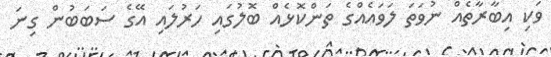
ވަކި އިބާރާތެއް ނުވަތަ ލަވައެއްގެ ތަންކޮޅެއް ބޮލުގައި ހަރުލައި އޭގެ ސަބަބުން ގިނަ